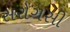
સરોગસી